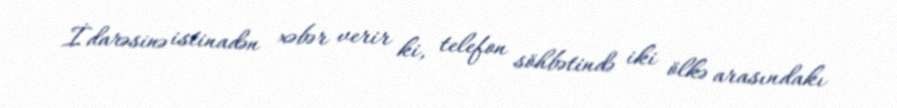
İdarəsinə istinadən xəbər verir ki, telefon söhbətində iki ölkə arasındakı